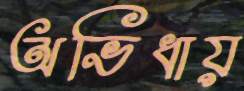
অভিধায়